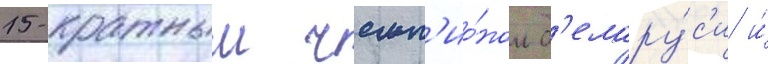
15-кратным чемп'ио́ном б'елару́с'и и́